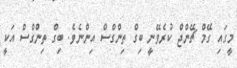
މީގައި ގޭމް ޗޭންޖް ކުރެވޭނީ ބިގް ތިންގްސް އިންނެވެ. ބިގް ތިންގްސް އަކީ